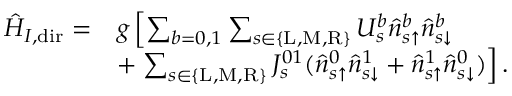
\begin{array} { r l } { \hat { H } _ { I , \mathrm { d i r } } = } & { g \left[ \sum _ { b = 0 , 1 } \sum _ { s \in \{ \mathrm { L } , \mathrm { M } , \mathrm { R } \} } U _ { s } ^ { b } \hat { n } _ { s \uparrow } ^ { b } \hat { n } _ { s \downarrow } ^ { b } \right. } \\ & { + \left. \sum _ { s \in \{ \mathrm { L } , \mathrm { M } , \mathrm { R } \} } J _ { s } ^ { 0 1 } ( \hat { n } _ { s \uparrow } ^ { 0 } \hat { n } _ { s \downarrow } ^ { 1 } + \hat { n } _ { s \uparrow } ^ { 1 } \hat { n } _ { s \downarrow } ^ { 0 } ) \right] . } \end{array}